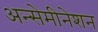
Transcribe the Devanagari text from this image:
अन्सेमीनेशन